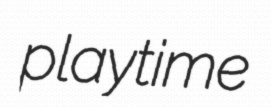
playtime